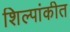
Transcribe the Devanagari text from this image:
शिल्पांकीत